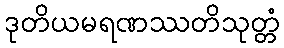
ဒုတိယမရဏဿတိသုတ္တံ